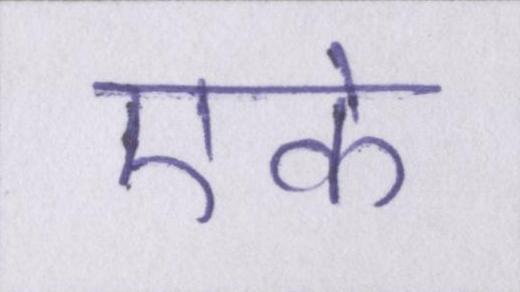
एके